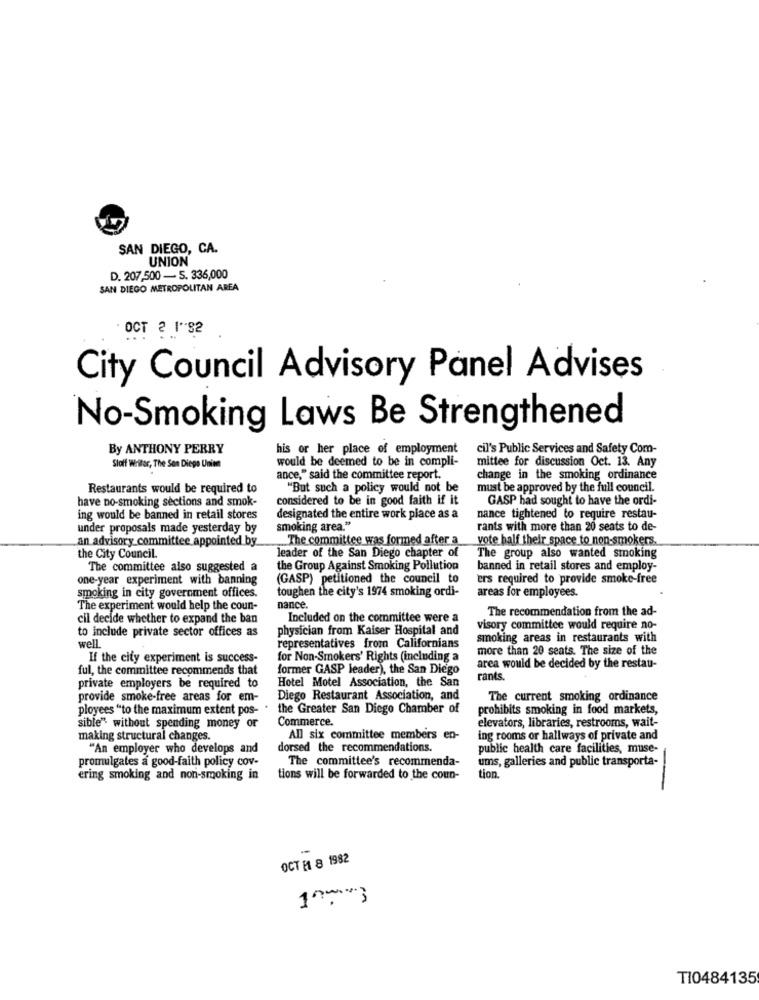
SAN DIEGO, CA.
UNION
D. 207,500 - 5. 336,000
SAN DIEGO METROPOLITAN AREA
OCT 2 1"82
City Council Advisory Panel Advises
No-Smoking Laws Be Strengthened
By ANTHONY PERRY
his or her place of employment
cil's Public Services and Safety Com-
would be deemed to be in compli-
mittee for discussion Oct. 13. Any
Staff Writer, The Son Diege Unit
ance," said the committee report.
change in the smoking ordinance
Restaurants would be required to
"But such a policy would not be
must be approved by the full council.
have no-smoking sections and smok-
considered to be in good faith if it
GASP had sought to have the ordi-
ing would be banned in retail stores
designated the entire work place as a
nance tightened to require restau-
under proposals made yesterday by
smoking area."
rants with more than 20 seats to de-
an advisory committee appointed by
The committee was formed after a
vote half their space to non-smokers
the City Council.
leader of the San Diego chapter of
The group also wanted smoking
The committee also suggested a
the Group Against Smoking Pollution
banned in retail stores and employ-
one-year experiment with banning
(GASP) petitioned the council to
ers required to provide smoke-free
toughen the city's 1974 smoking ordi-
smoking in city government offices.
areas for employees.
The experiment would help the coun-
nance.
The recommendation from the ad-
cil decide whether to expand the ban
Included on the committee were a
to include private sector offices as
physician from Kaiser Hospital and
visory committee would require no-
smoking areas in restaurants with
well.
representatives from Californians
more than 20 seats. The size of the
If the city experiment is success-
for Non-Smokers' Rights (including a
ful, the committee recommends that
former GASP leader), the San Diego
area would be decided by the restau-
Hotel Motel Association, the San
rants.
private employers be required to
provide smoke-free areas for em-
Diego Restaurant Association, and
The current smoking ordinance
ployees "to the maximum extent pos-
..
the Greater San Diego Chamber of
prohibits smoking in food markets,
Commerce.
elevators, libraries, restrooms, wait-
sible" without spending money or
making structural changes.
All six committee members en-
ing rooms or hallways of private and
"An employer who develops and
dorsed the recommendations.
public health care facilities, muse-
promulgates a good-faith policy cov-
The committee's recommenda-
ums, galleries and public transporta-
ering smoking and non-smoking in
tions will be forwarded to the coun-
tion
-
OCT [1 8 1982
100*3
T10484135